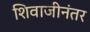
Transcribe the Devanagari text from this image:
शिवाजीनंतर